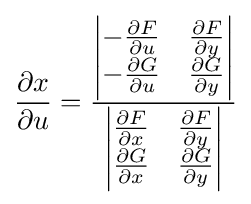
{\frac {\partial x}{\partial u}}={\frac {\begin{vmatrix}-{\frac {\partial F}{\partial u}}&{\frac {\partial F}{\partial y}}\\-{\frac {\partial G}{\partial u}}&{\frac {\partial G}{\partial y}}\end{vmatrix}}{\begin{vmatrix}{\frac {\partial F}{\partial x}}&{\frac {\partial F}{\partial y}}\\{\frac {\partial G}{\partial x}}&{\frac {\partial G}{\partial y}}\end{vmatrix}}}